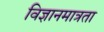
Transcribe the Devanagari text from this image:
विज्ञानमात्रता